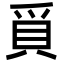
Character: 𭶰